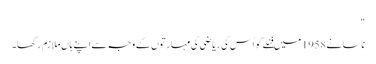
"
ناسا نے 1958 میں فنلے کو اُس کی ریاضی کی مہارتوں کے وجہ سے اپنے ہاں ملازم رکھا۔